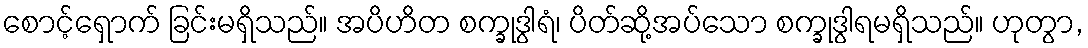
စောင့်ရှောက် ခြင်းမရှိသည်။ အပိဟိတ စက္ခုဒွါရံ၊ ပိတ်ဆို့အပ်သော စက္ခုဒွါရမရှိသည်။ ဟုတွာ,